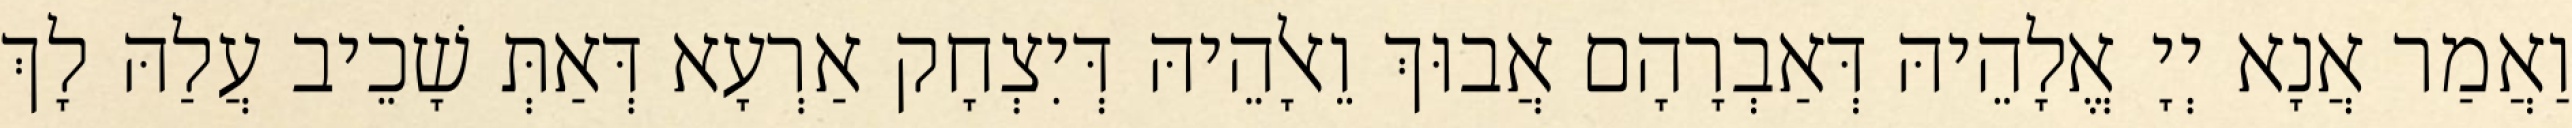
וַאֲמַר אֲנָא יְיָ אֱלָהֵיהּ דְּאַבְרָהָם אֲבוּךְ וֵאלָהֵיהּ דְּיִצְחָק אַרְעָא דְּאַתְּ שָׁכֵיב עֲלַהּ לָךְ